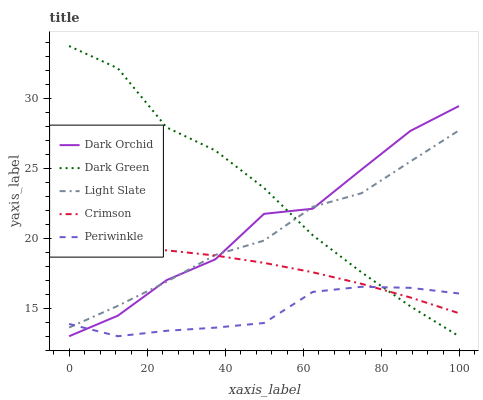
| xaxis_label | Dark Orchid | Dark Green | Light Slate | Crimson | Periwinkle |
 | --- | --- | --- | --- | --- | --- |
 | 0 | 13 | 33.7 | 13.6 | 19.4 | 13.9 |
 | 12.5 | 14.5 | 32.1 | 15.2 | 19.4 | 13 |
 | 25 | 17 | 27.9 | 16.9 | 19.1 | 13.4 |
 | 37.5 | 18.5 | 26.3 | 18.8 | 18.8 | 13.6 |
 | 50 | 21.7 | 23.6 | 19.8 | 18.2 | 13.9 |
 | 62.5 | 22.1 | 20.2 | 22.2 | 17.6 | 16.2 |
 | 75 | 24.9 | 17.6 | 23.2 | 16.7 | 16.5 |
 | 87.5 | 27.7 | 15.1 | 25.5 | 15.8 | 16.5 |
 | 100 | 29.4 | 13 | 27.7 | 14.6 | 16.1 |